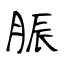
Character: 脤